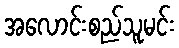
အလောင်းစည်သူမင်း